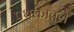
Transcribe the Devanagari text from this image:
पथकातले